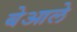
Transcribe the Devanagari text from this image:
बेआले